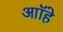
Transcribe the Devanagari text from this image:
आॉहे